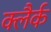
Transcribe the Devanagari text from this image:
क्लैर्क